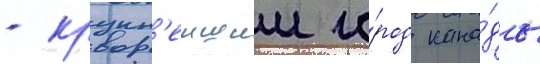
- крупн'еишии го́род кана́ды